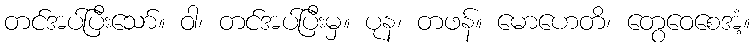
တင်အပ်ပြီးသော်။ ဝါ၊ တင်အပ်ပြီးမှ။ ပုန၊ တဖန်။ မောဟေတိ၊ တွေဝေစေအံ့။